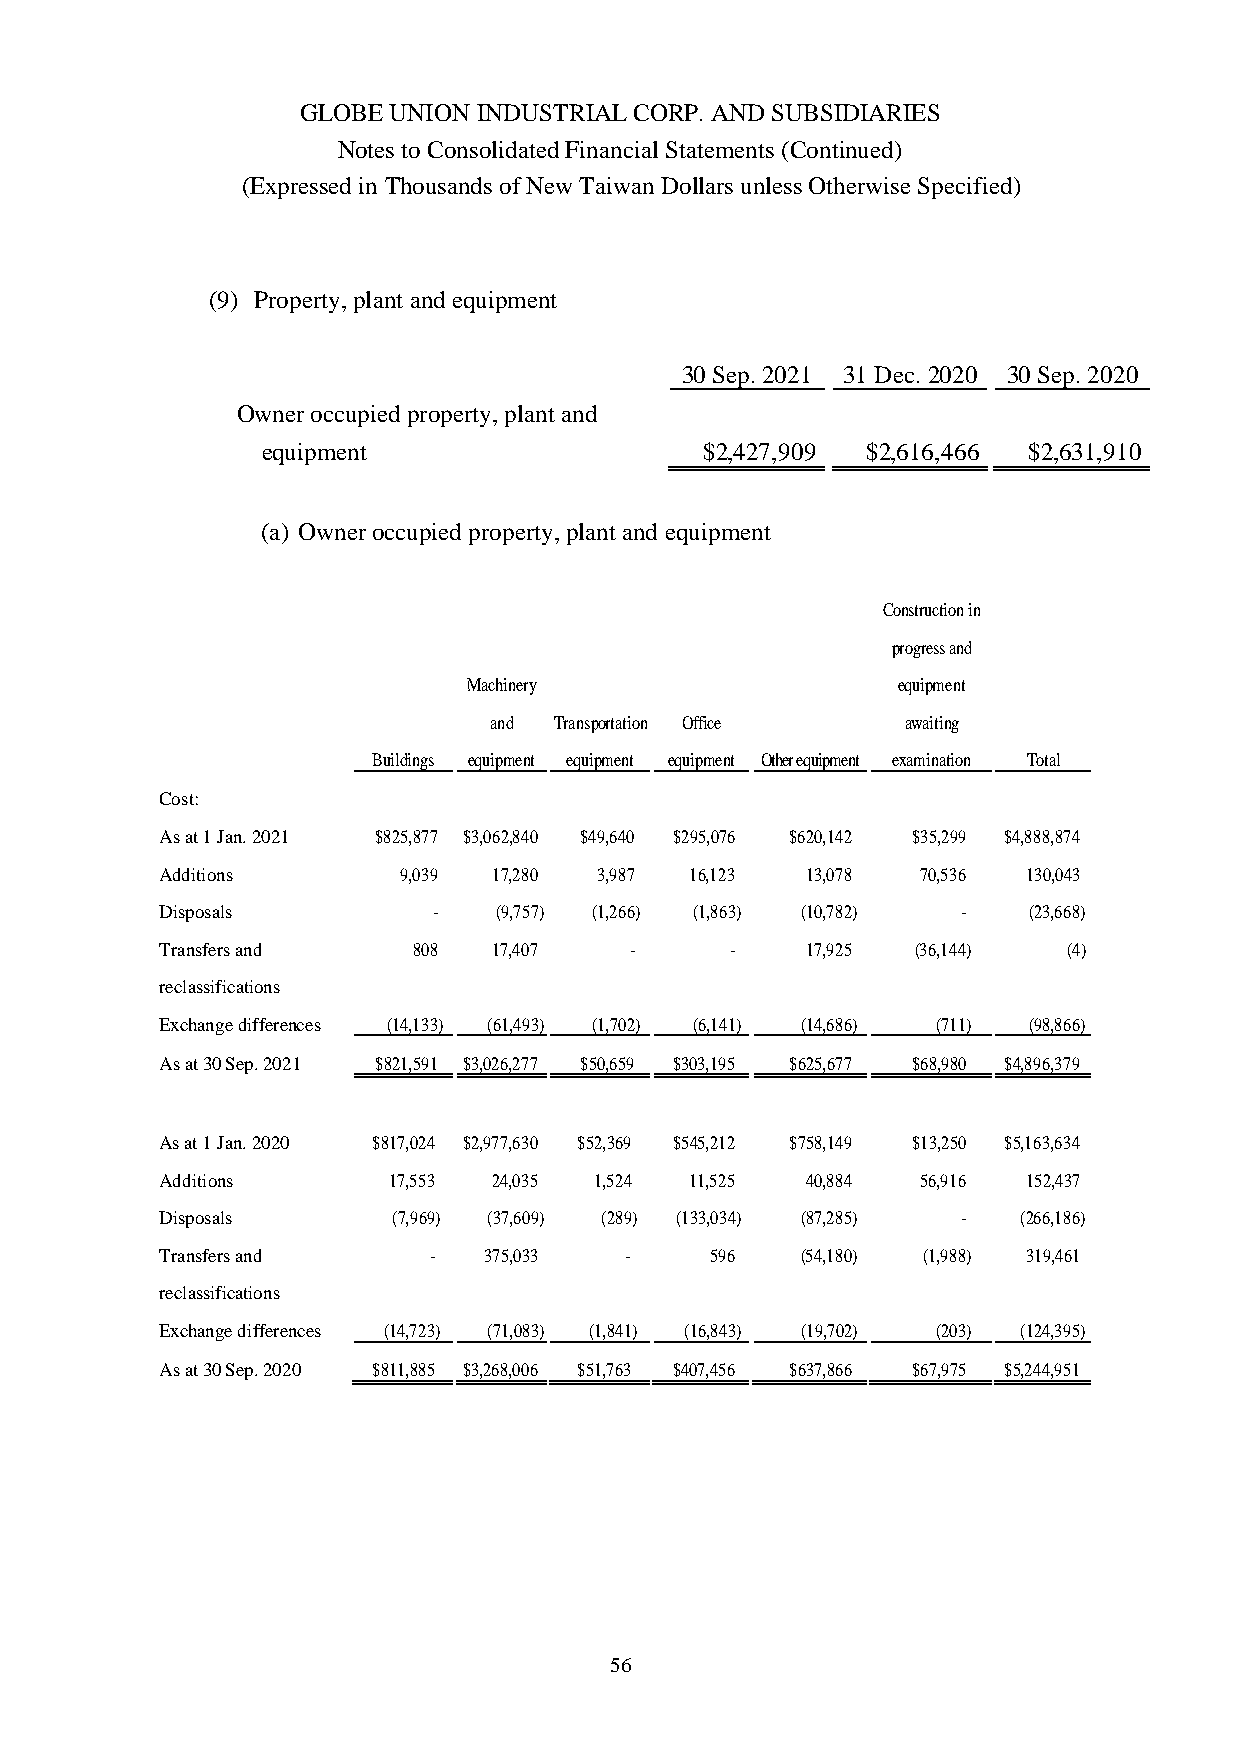
GLOBE UNION INDUSTRIAL CORP. AND SUBSIDIARIES
 Notes to Consolidated Financial Statements (Continued)
 (Expressed in Thousands of New Taiwan Dollars unless Otherwise Specified)
 (9) Property, plant and equipment
 30 Sep. 2021 31 Dec. 2020 30 Sep. 2020
 Owner occupied property, plant and
 equipment                     $2,427,909 $2,616,466 $2,631,910
 (a) Owner occupied property, plant and equipment
 Construction in
 progress and
 Machinery                   equipment
 and  Transportation Office  awaiting
 Buildings equipment equipment equipment Other equipment examination Total
 Cost:
 As at 1 Jan.2021 $825,877 $3,062,840 $49,640 $295,076 $620,142 $35,299 $4,888,874
 Additions      9,039  17,280 3,987 16,123 13,078  70,536 130,043
 Disposals         -   (9,757) (1,266) (1,863) (10,782) - (23,668)
 Transfers and   808   17,407   -     -    17,925  (36,144)  (4)
 reclassifications
 Exchangedifferences (14,133) (61,493) (1,702) (6,141) (14,686) (711) (98,866)
 Asat30 Sep. 2021 $821,591 $3,026,277 $50,659 $303,195 $625,677 $68,980 $4,896,379
 As at 1 Jan.2020 $817,024 $2,977,630 $52,369 $545,212 $758,149 $13,250 $5,163,634
 Additions      17,553 24,035 1,524 11,525 40,884  56,916 152,437
 Disposals      (7,969) (37,609) (289) (133,034) (87,285) - (266,186)
 Transfers and    -   375,033  -     596   (54,180) (1,988) 319,461
 reclassifications
 Exchange differences (14,723) (71,083) (1,841) (16,843) (19,702) (203) (124,395)
 Asat30 Sep. 2020 $811,885 $3,268,006 $51,763 $407,456 $637,866 $67,975 $5,244,951
 56